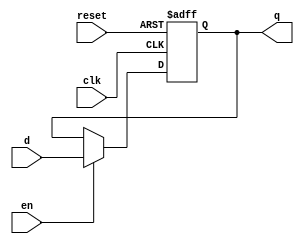
`timescale 1ns / 1ps
//////////////////////////////////////////////////////////////////////////////////
// Company: 
// Engineer: 
// 
// Design Name: 
// Module Name:    D_FF 
// Project Name: 
// Target Devices: 
// Tool versions: 
// Description: 
//
// Dependencies: 
//
// Revision: 
// Revision 0.01 - File Created
// Additional Comments: 
//
//////////////////////////////////////////////////////////////////////////////////
module D_FF(
	input wire clk, reset,
	input wire en,
	input wire d,
	output reg q
    );

reg r_reg, r_next;

// D_FF body
always @(posedge clk, posedge reset)
	if(reset)
		r_reg <= 1'b0;
	else
		r_reg <= r_next;
		
//next state
always @* 
	if (en)
		r_next = d;
	else 
		r_next = r_reg;
	
//output
always @* 
	q = r_reg;
	
endmodule

module stimulus();

	reg CLK, RESET, EN, D;
	wire Q;

	D_FF d(
		.clk(CLK),
		.reset(RESET),
		.en(EN),
		.d(D),
		.q(Q)
		);
		
	initial 
		$dumpvars(CLK, RESET, EN, D, Q ); 
	
	initial
		begin
			CLK = 1'b0;
			EN = 1'b1;
			D = 1'b1;
			RESET = 1'b0;
	end
	always
		#2 CLK = ~ CLK;
	
	initial 
		begin 
			#20 RESET = 1'b1;
			#10 D = 1'b0;
			#10 RESET = 1'b0;
			#100 $finish;
	end	
		
	
endmodule